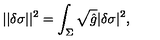
| | \delta \sigma | | ^ { 2 } = \int _ { \Sigma } \sqrt { \hat { g } } | \delta \sigma | ^ { 2 } ,